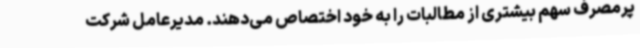
پرمصرف سهم بیشتری از مطالبات را به خود اختصاص می‌دهند. مدیرعامل شرکت